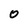
Character: O